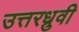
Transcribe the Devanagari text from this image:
उत्तरध्रुवी